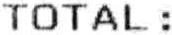
TOTAL :